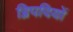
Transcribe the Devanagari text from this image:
द्विपदियों